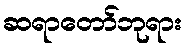
ဆရာတော်ဘုရား